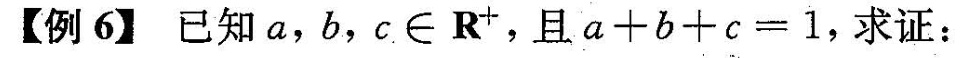
【例6】已知a，b，c∈R^{+}，且$$a + b + c = 1$$，求证：